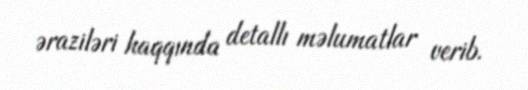
əraziləri haqqında detallı məlumatlar verib.